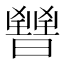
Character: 𣋤